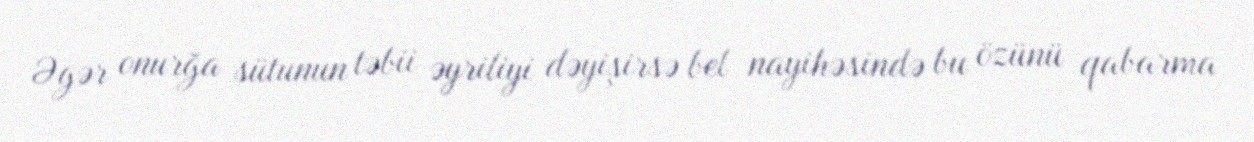
Əgər onurğa sütunun təbii əyriliyi dəyişirsə bel nayihəsində bu özünü qabarma